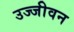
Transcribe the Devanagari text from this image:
उज्जीवन